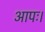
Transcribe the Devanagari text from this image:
आपः।